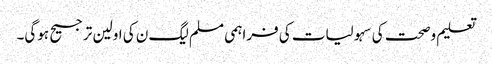
تعلیم وصحت کی سہولیات کی فراہمی مسلم لیگ ن کی اولین ترجیح ہوگی۔